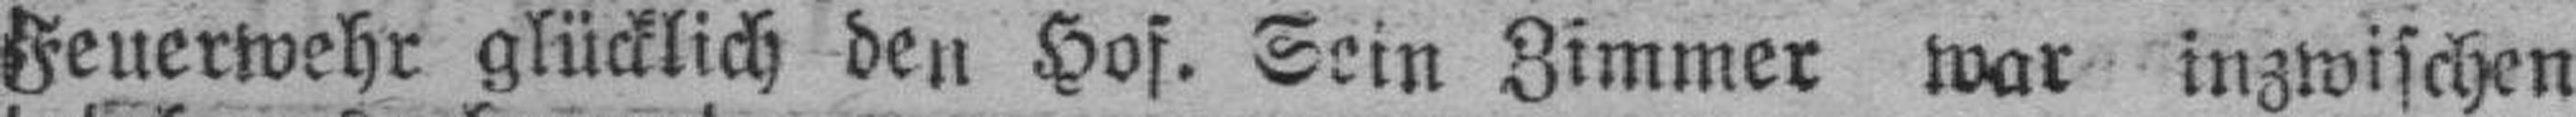
Feuerwehr glücklich den Hof. Sein Zimmer war inzwischen